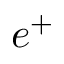
e ^ { + }